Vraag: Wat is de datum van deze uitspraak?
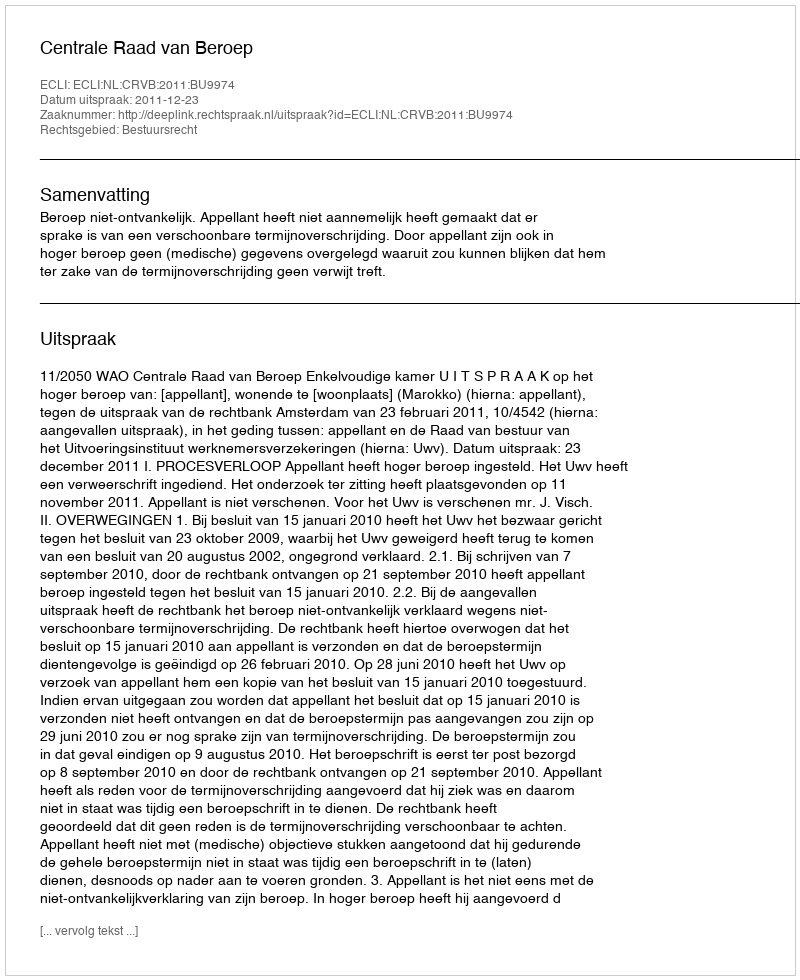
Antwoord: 2011-12-23